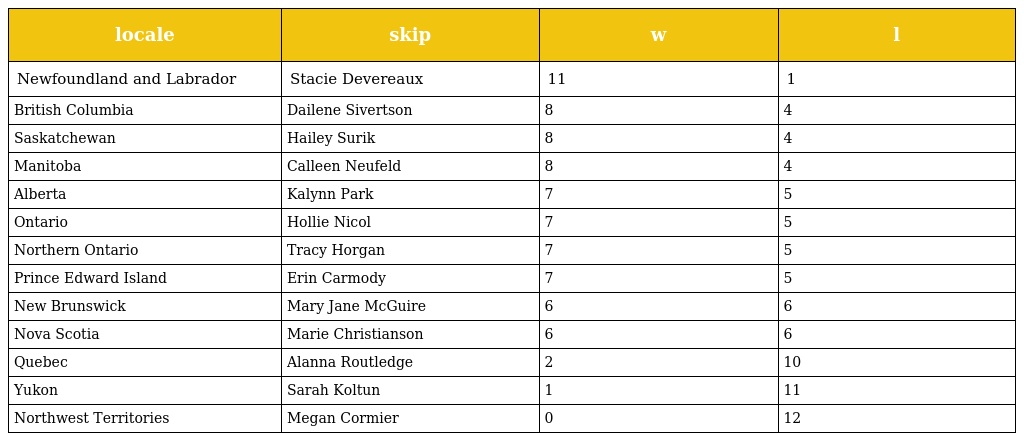
| locale | skip | w | l |
 | --- | --- | --- | --- |
 | Newfoundland and Labrador | Stacie Devereaux | 11 | 1 |
 | British Columbia | Dailene Sivertson | 8 | 4 |
 | Saskatchewan | Hailey Surik | 8 | 4 |
 | Manitoba | Calleen Neufeld | 8 | 4 |
 | Alberta | Kalynn Park | 7 | 5 |
 | Ontario | Hollie Nicol | 7 | 5 |
 | Northern Ontario | Tracy Horgan | 7 | 5 |
 | Prince Edward Island | Erin Carmody | 7 | 5 |
 | New Brunswick | Mary Jane McGuire | 6 | 6 |
 | Nova Scotia | Marie Christianson | 6 | 6 |
 | Quebec | Alanna Routledge | 2 | 10 |
 | Yukon | Sarah Koltun | 1 | 11 |
 | Northwest Territories | Megan Cormier | 0 | 12 |